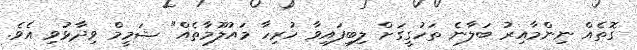
ގޮތެއް ނިންމާއިރު ބަލާނެ ތަހުގީގަށް ލިބިފައިވާ ހުރިހާ މައުލޫމާތެއް" ޝަމީމް ވިދާޅުވި އެވެ.